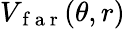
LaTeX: V_{\mathrm{~f~a~r~}}(\theta,r)